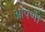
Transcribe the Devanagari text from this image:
आपणी